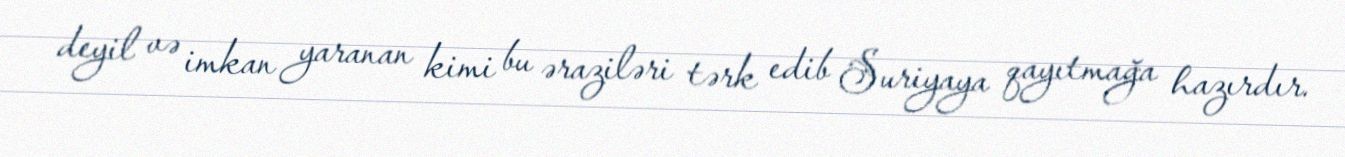
deyil və imkan yaranan kimi bu əraziləri tərk edib Suriyaya qayıtmağa hazırdır.